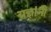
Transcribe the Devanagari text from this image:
यज्ञांनी